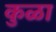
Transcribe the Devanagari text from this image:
कुळा